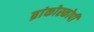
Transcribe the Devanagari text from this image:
ब्रांकोस्कोपी